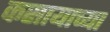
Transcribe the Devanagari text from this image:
कसायाच्या